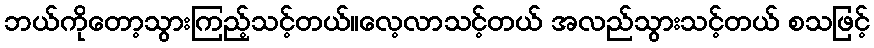
ဘယ်ကိုတော့သွားကြည့်သင့်တယ်။လေ့လာသင့်တယ် အလည်သွားသင့်တယ် စသဖြင့်